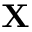
\textbf { X }